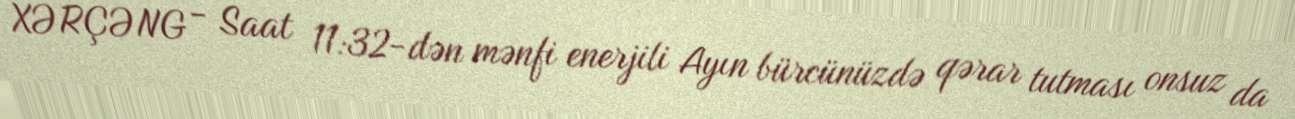
XƏRÇƏNG - Saat 11:32-dən mənfi enerjili Ayın bürcünüzdə qərar tutması onsuz da